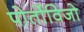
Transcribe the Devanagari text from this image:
पोर्तोविजो